画像に写った文字を読んでください
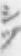
「シヅ」と書いてあります